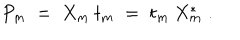
LaTeX: P _ { m } \; = \; X _ { m } \: t _ { m } \; = \; t _ { m } \: X _ { m } ^ { * } \; .